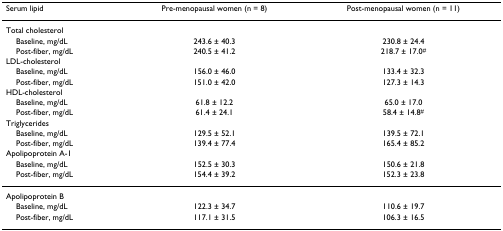
<table><thead><tr><td><b>Serum lipid</b></td><td><b>Pre-menopausal women (n = 8)</b></td><td><b>Post-menopausal women (n = 11)</b></td></tr></thead><tbody><tr><td>Total cholesterol</td><td></td><td></td></tr><tr><td> Baseline, mg/dL</td><td>243.6 ± 40.3</td><td>230.8 ± 24.4</td></tr><tr><td> Post-fiber, mg/dL</td><td>240.5 ± 41.2</td><td>218.7 ± 17.0<sup>#</sup></td></tr><tr><td>LDL-cholesterol</td><td></td><td></td></tr><tr><td> Baseline, mg/dL</td><td>156.0 ± 46.0</td><td>133.4 ± 32.3</td></tr><tr><td> Post-fiber, mg/dL</td><td>151.0 ± 42.0</td><td>127.3 ± 14.3</td></tr><tr><td>HDL-cholesterol</td><td></td><td></td></tr><tr><td> Baseline, mg/dL</td><td>61.8 ± 12.2</td><td>65.0 ± 17.0</td></tr><tr><td> Post-fiber, mg/dL</td><td>61.4 ± 24.1</td><td>58.4 ± 14.8<sup>#</sup></td></tr><tr><td>Triglycerides</td><td></td><td></td></tr><tr><td> Baseline, mg/dL</td><td>129.5 ± 52.1</td><td>139.5 ± 72.1</td></tr><tr><td> Post-fiber, mg/dL</td><td>139.4 ± 77.4</td><td>165.4 ± 85.2</td></tr><tr><td>Apolipoprotein A-1</td><td></td><td></td></tr><tr><td> Baseline, mg/dL</td><td>152.5 ± 30.3</td><td>150.6 ± 21.8</td></tr><tr><td> Post-fiber, mg/dL</td><td>154.4 ± 39.2</td><td>152.3 ± 23.8</td></tr><tr><td>Apolipoprotein B</td><td></td><td></td></tr><tr><td> Baseline, mg/dL</td><td>122.3 ± 34.7</td><td>110.6 ± 19.7</td></tr><tr><td> Post-fiber, mg/dL</td><td>117.1 ± 31.5</td><td>106.3 ± 16.5</td></tr></tbody></table>